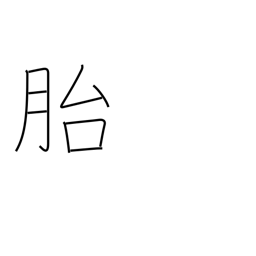
Meaning: womb